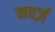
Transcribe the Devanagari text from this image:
नवर्ज़